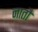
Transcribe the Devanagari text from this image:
नातौ